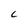
Character: C